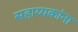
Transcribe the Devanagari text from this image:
सहाय्यकांना